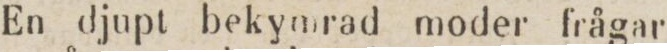
En djupt bekymrad moder frågar